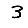
Digit: 3